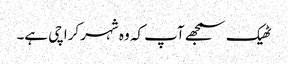
ٹھیک سمجھے آپ کہ وہ شہر کراچی ہے۔